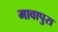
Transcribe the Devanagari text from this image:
मावापुरा